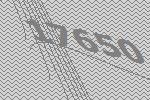
17650